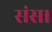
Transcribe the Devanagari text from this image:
संस।